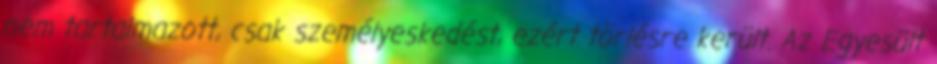
nem tartalmazott, csak személyeskedést, ezért törlésre került. Az Egyesült